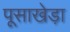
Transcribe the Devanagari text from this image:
पूसाखेड़ा